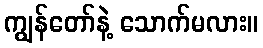
ကျွန်တော်နဲ့ သောက်မလား။